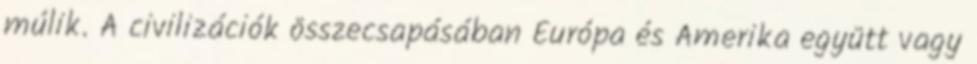
múlik. A civilizációk összecsapásában Európa és Amerika együtt vagy